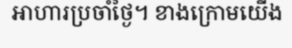
អាហារប្រចាំថ្ងៃ។ ខាងក្រោមយើង